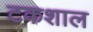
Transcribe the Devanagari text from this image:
टकशाल